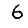
Digit: 6